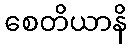
စေတိယာနိ